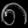
Digit: ၈